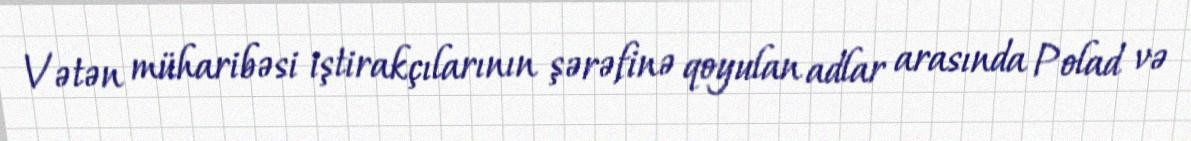
Vətən müharibəsi iştirakçılarının şərəfinə qoyulan adlar arasında Polad və